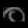
Digit: ၀